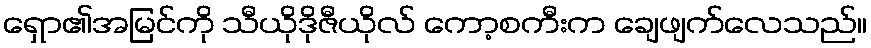
ရှော၏အမြင်ကို သီယိုဒိုဇီယိုလ် ကော့စကီးက ချေဖျက်လေသည်။